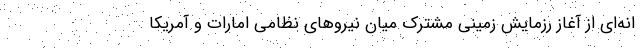
انه‌ای از آغاز رزمایش زمینی مشترک میان نیروهای نظامی امارات و آمریکا